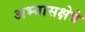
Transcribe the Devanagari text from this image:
अभ्यासक्षेत्रे